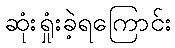
ဆုံးရှုံးခဲ့ရကြောင်း